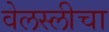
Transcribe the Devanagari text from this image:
वेलस्लीचा